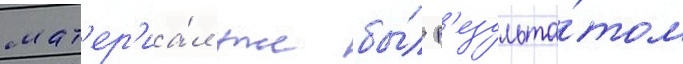
мат'ер'иа́л уже бы́л р'езульта́том